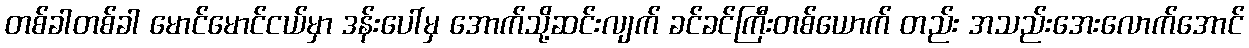
တစ်ခါတစ်ခါ မောင်မောင်ငယ်မှာ ဒန်းပေါ်မှ အောက်သို့ဆင်းလျက် ခင်ခင်ကြီးတစ်ယောက် တည်း အသည်းအေးလောက်အောင်